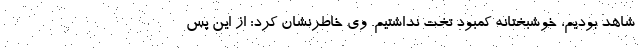
شاهد بودیم، خوشبختانه کمبود تخت نداشتیم. وی خاطرنشان کرد: از این پس